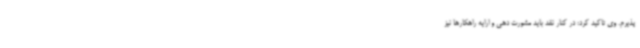
پذیرم. وی تاکید کرد: در کنار نقد باید مشورت دهی و ارایه راهکارها نیز